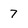
Character: 7